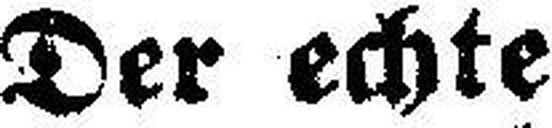
Der echte